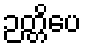
ဉတ္တိပေ